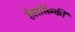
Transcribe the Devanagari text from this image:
हेलसिन्की